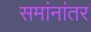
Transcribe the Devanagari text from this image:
समांनांतर